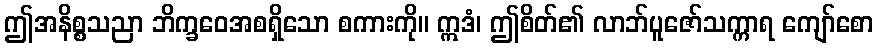
ဤအနိစ္စသညာ ဘိက္ခဝေအစရှိသော စကားကို။ ဣဒံ၊ ဤစိတ်၏ လာဘ်ပူဇော်သက္ကာရ ကျော်စော